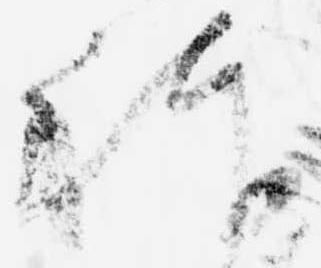
躰